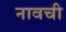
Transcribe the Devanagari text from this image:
नावची